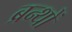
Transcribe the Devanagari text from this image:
ब्रन्थों